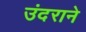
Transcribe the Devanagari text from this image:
उंदराने